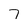
Character: 7